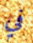
في